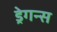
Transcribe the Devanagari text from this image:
ड्रेगन्स